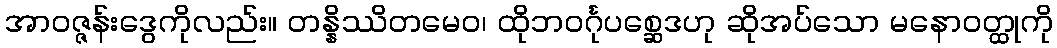
အာဝဇ္ဇန်းဒွေကိုလည်း။ တန္နိဿိတမေဝ၊ ထိုဘဝင်္ဂုပစ္ဆေဒဟု ဆိုအပ်သော မနောဝတ္ထုကို